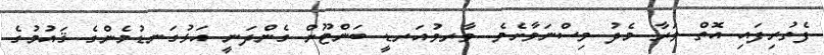
ފެތުރިފައި އޮތް ވަރާ މެދު ވިސްނަވާށެވެ. ވާރވުއަރޑީ ބަންޓޫން ގެންދަނީ އަޅުގަނޑުމެންގެ ޤައުމުގެ